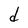
Character: d